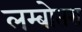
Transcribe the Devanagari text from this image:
लम्बोतरा